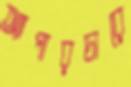
অ্যাপারচারে